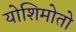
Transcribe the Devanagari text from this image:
योशिमोतो